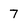
Character: 7